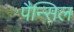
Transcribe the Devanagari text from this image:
पैन्सिल